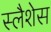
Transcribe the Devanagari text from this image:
स्लैशेस